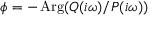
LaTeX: \phi = - \operatorname { A r g } ( Q ( i \omega ) / P ( i \omega ) )